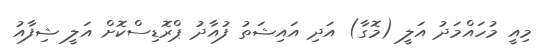
މިއީ މުހައްމަދު އަލީ (މޮގާ) އަދި އައިޝަތު ފުއާދު ޕްރޮޑިސްކޮށް އަލީ ޝިފާއު